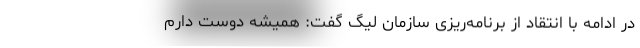
در ادامه با انتقاد از برنامه‌ریزی سازمان لیگ گفت: همیشه دوست دارم